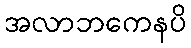
အလာဘကေနပိ